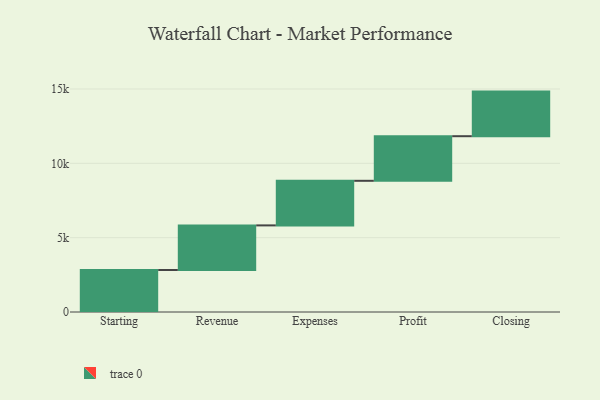
{"axis": {"x": "Step", "y": "Value"}, "legend": [""], "data": [{"x": "Starting", "y": 2825.0, "type": ""}, {"x": "Revenue", "y": 3000, "type": ""}, {"x": "Expenses", "y": 3000, "type": ""}, {"x": "Profit", "y": 3000, "type": ""}, {"x": "Closing", "y": 3000, "type": ""}]}